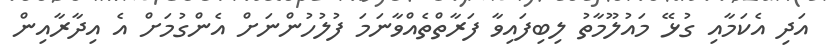
އަދި އެކަމާއި ގުޅޭ މައުލޫމާތު ލިބިފައިވާ ފަރާތްތެއްވާނަމަ ފުލުހުންނަށް އެންގުމަށް އެ އިދާރާއިން